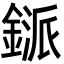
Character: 鎃